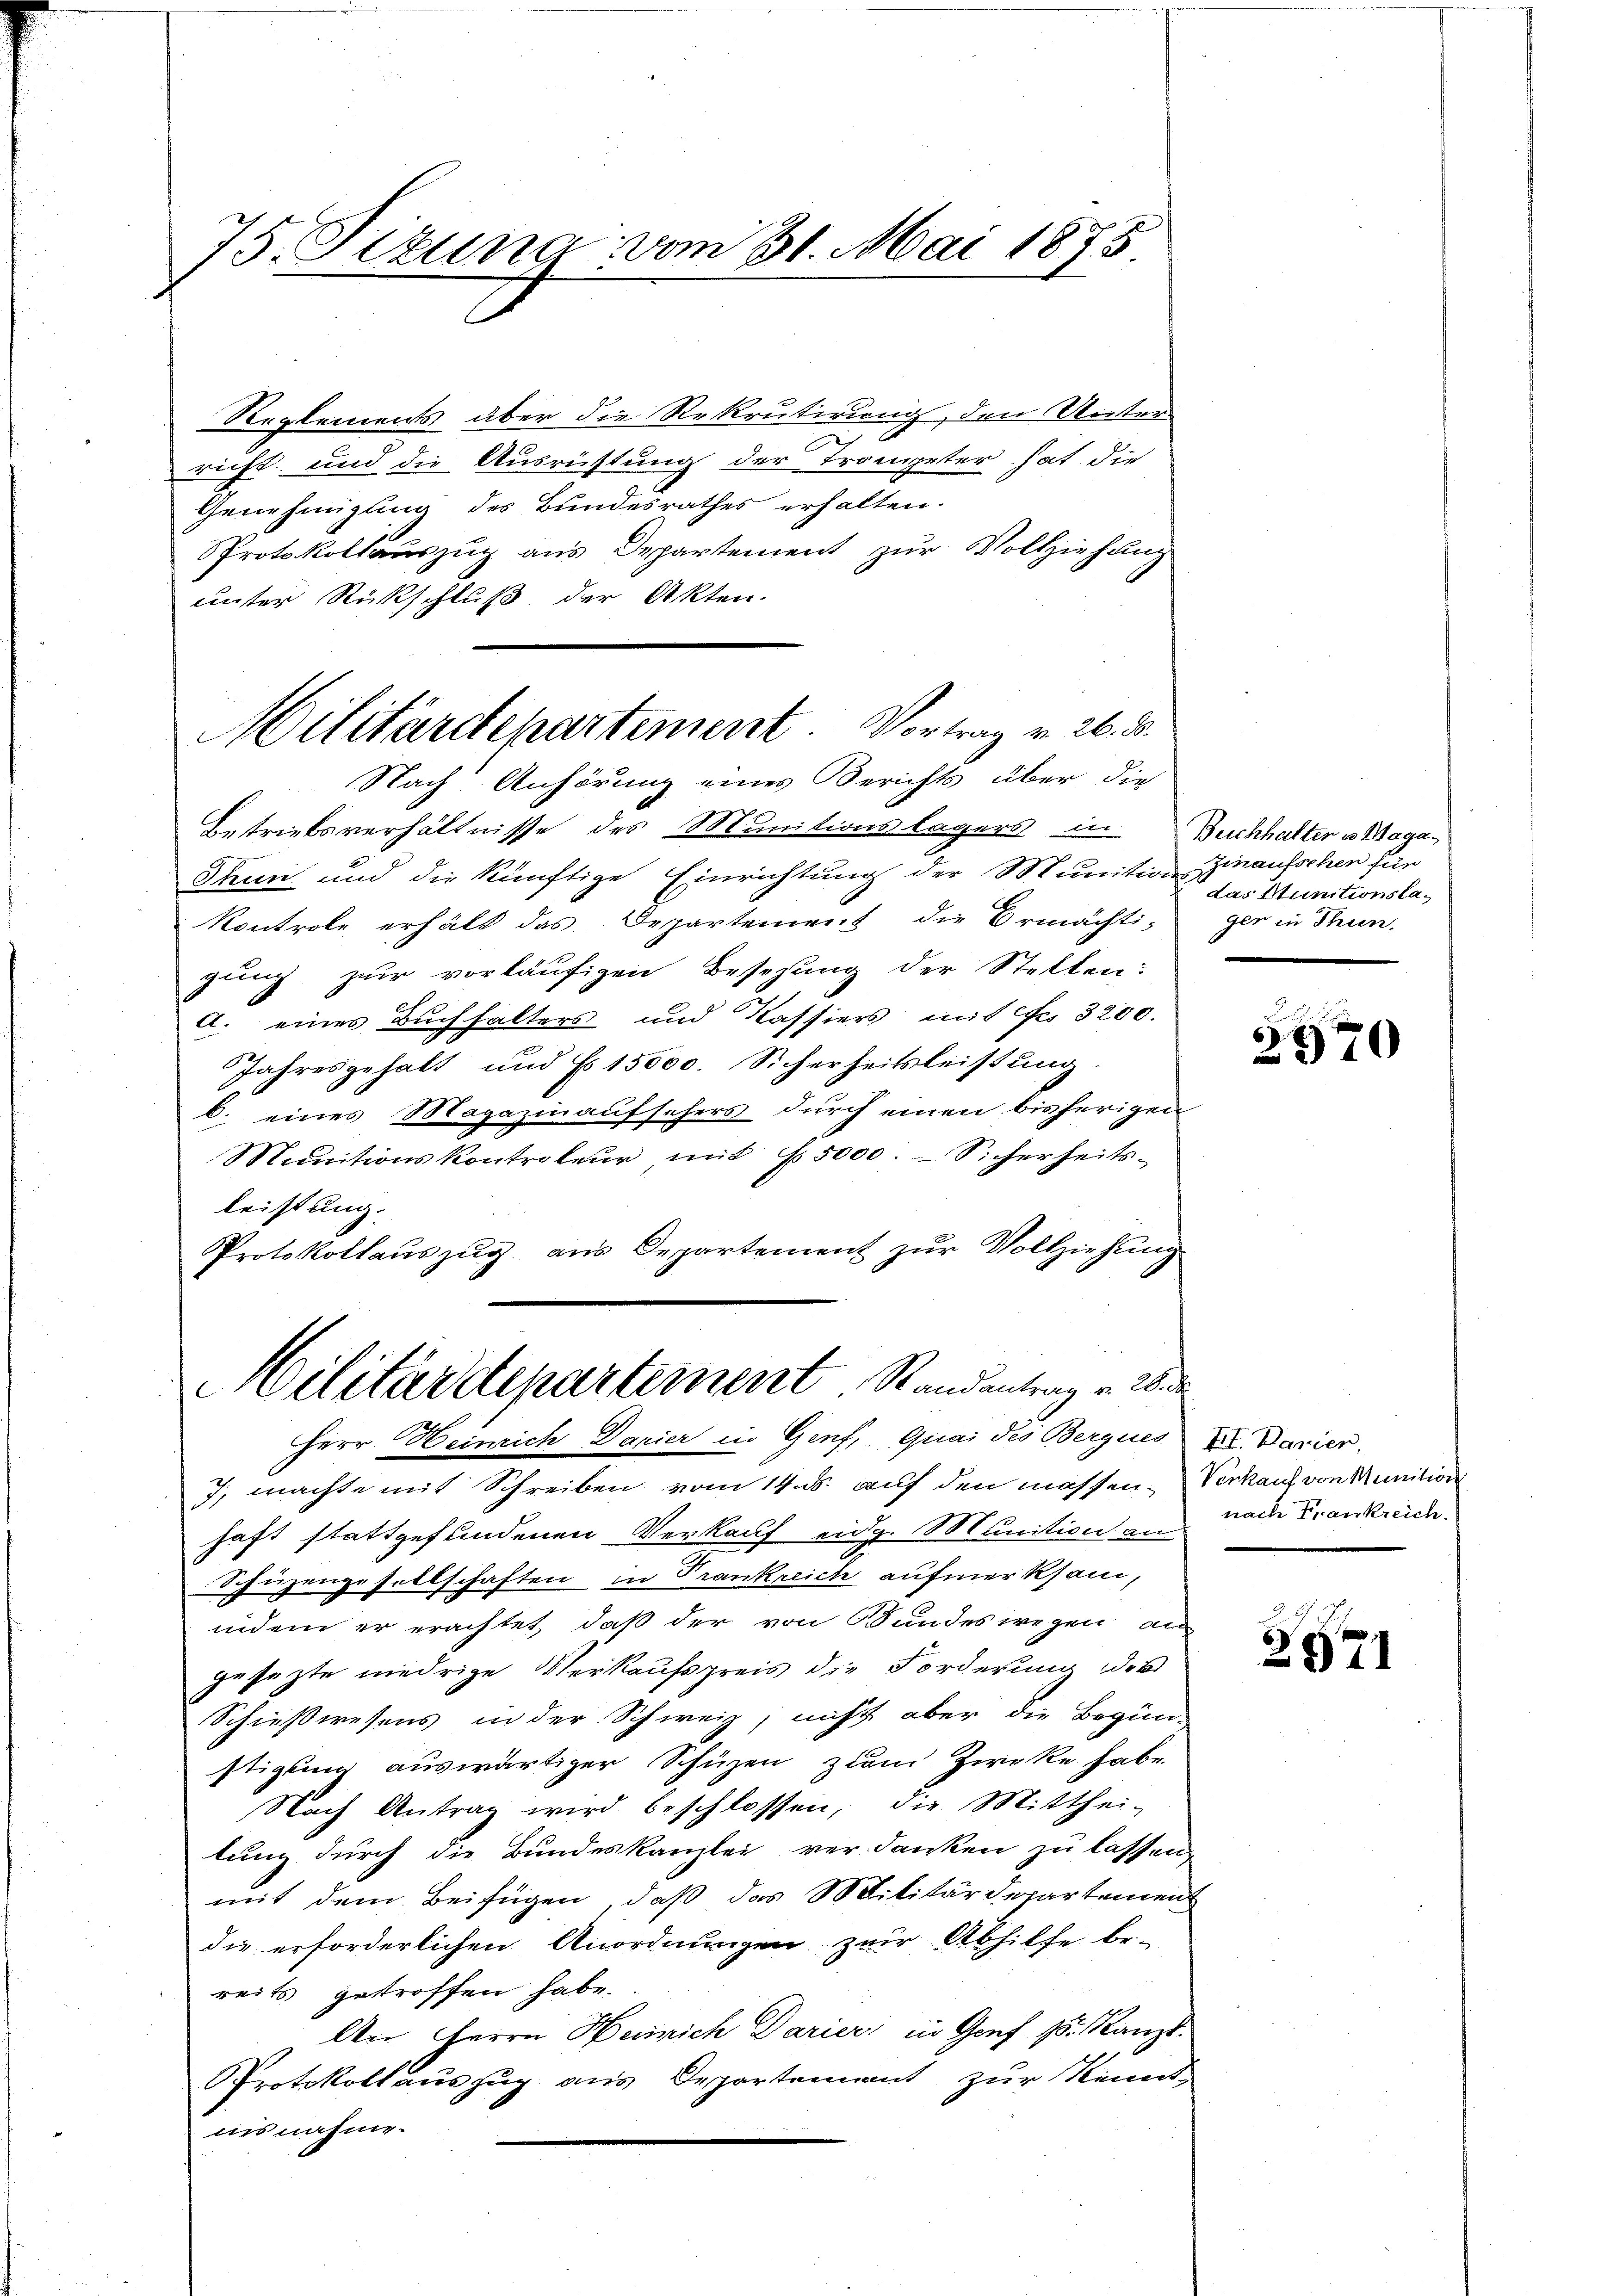
75. Sekung vom 31. Mai 1875

Militärdepartement. Vortrag v. 26. d.
Nach Anhörung eines Berichts über die

Reglements über die Rekrutirung, den Unter-
richt, und die Ausrichtung der Trongeter hat die
Genehmigung des Bundesrathes erhalten.
Protokollauszug aus Departement zur Vollziehung
unter Rückschluß der Akten.

Betriebsverhältnisse des Munitionslagers in Buchhalter a Maga¬
Thun und die künftige Einrichtung der Munition Zinaufschen für
Kontrole erhält das Departement die Ermächti-
gung zur vorläufigen Besetzung der Stellen:
A. eines Buchhalters und Kassiers mit fr. 3200.
Jahresgehalt und No. 15000. Sicherheitsleistung
b. eines Magazinaufschers durch einen bisherigen
Munitionskontroleur mit 5000.- Sicherheits-
leistung.
Protokollauszug aus Departement zur Vollziehung

Militärdepartement, Randantrag v. End
Herr Heinrich Darier in Genf, Quai des Bergnes XI. Darier.

J, machte mit Schreiben vom 14. ds. auf den massen. Verkauf von Munition
haft stattgefundenen Verkauf eidg. Munition an
Schüzengesellschaften in Trankreich aufmerksam,
indem er erachtet, daß der von Bundeswegen an
gesezte niedrige Verkaufspreis die Forderung des
Schießwesens in der Schweiz, nicht aber die Begün-
stigung auswärtiger Schüzen zum Zwecke habe.
Nach Antrag wird beschlossen, die Mitthei-
lung durch die Bundeskanzlei verdanken zu lassen,
mit dem Beifügen, daß das Militärdepartemen
die erforderlichen Anordnungen zur Abhilfe be-
reits getroffen habe.
An Herrn Heinrich Darier, in Genf 15. Kanzl.
Protokollauszug aus Departement zur Kennt
nis nahme.

das Munitionslagen in Thun,

2
d
6
970

nache Frankreich.

2571